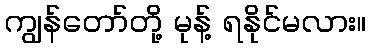
ကျွန်တော်တို့ မုန့် ရနိုင်မလား။